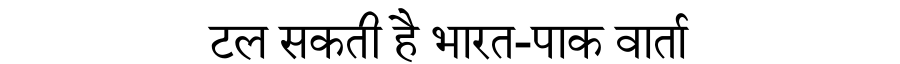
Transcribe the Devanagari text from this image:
टल सकती है भारत-पाक वार्ता